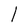
Character: l